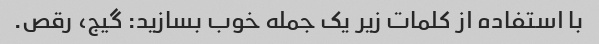
با استفاده از کلمات زیر یک جمله خوب بسازید: گیج، رقص.